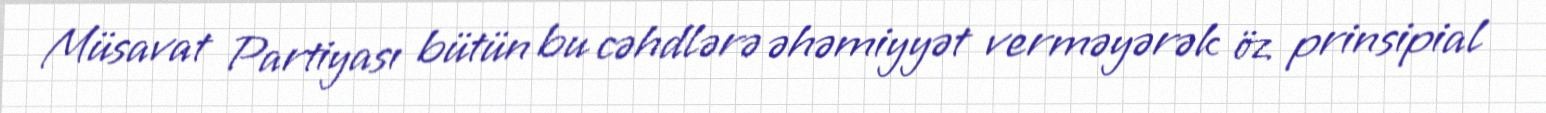
Müsavat Partiyası bütün bu cəhdlərə əhəmiyyət verməyərək öz prinsipial